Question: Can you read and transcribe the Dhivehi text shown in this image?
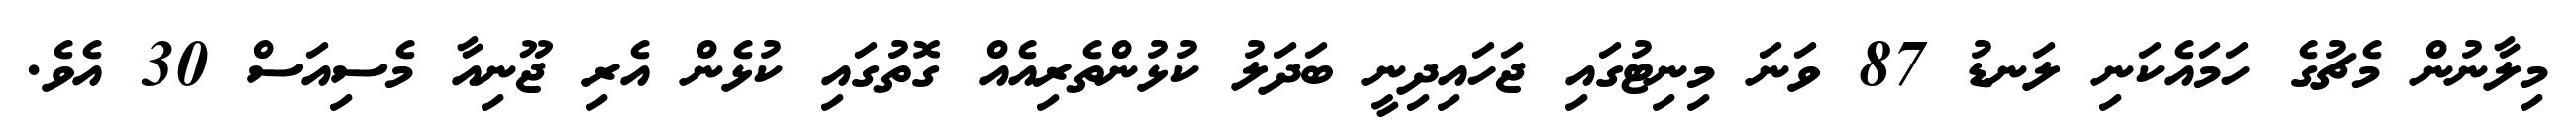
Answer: މިލާނުން މެޗުގެ ހަމައެކަނި ލަނޑު 87 ވަނަ މިނިޓުގައި ޖަހައިދިނީ ބަދަލު ކުޅުންތެރިއެއް ގޮތުގައި ކުޅެން އެރި ޖޫނިއާ މެސިއަސް 30 އެވެ.